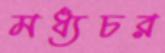
মধ্যচর